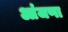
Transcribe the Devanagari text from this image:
आंजणा